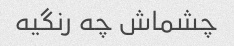
چشماش چه رنگیه